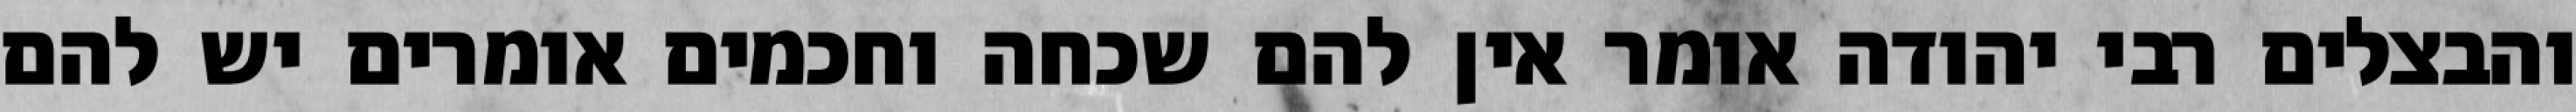
והבצלים רבי יהודה אומר אין להם שכחה וחכמים אומרים יש להם